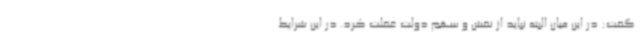
گفت: در این میان البته نباید از نقش و سهم دولت غفلت کرد. در این شرایط